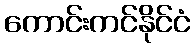
ကောင်းကင်နိုင်ငံ